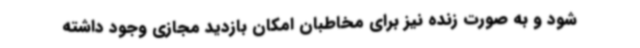
شود و به صورت زنده نیز برای مخاطبان امکان بازدید مجازی وجود داشته